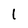
Character: 1